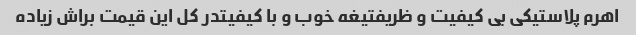
اهرم پلاستیکی بی کیفیت و ظریفتیغه خوب و با کیفیتدر کل این قیمت براش زیاده